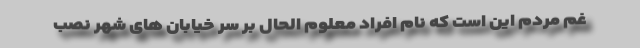
غم مردم این است که نام افراد معلوم الحال بر سر خیابان های شهر نصب